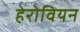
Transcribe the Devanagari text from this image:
हेरोवियन